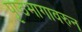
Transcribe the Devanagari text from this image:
पृष्ठभागावरुन